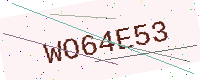
Text: WO64E53